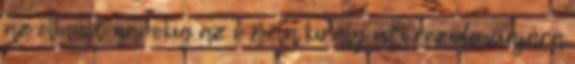
az elmúlt napokig az ő Béla király úti rezidenciájára